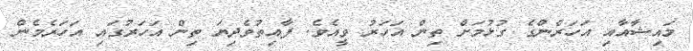
މައިޝާއާއި އަހަރެންގެ ގުޅުމަށް ތިން އަހަރު ވީއެވެ. ފާއިތުވެދިޔަ ތިން އަހަރުގައި އަހަރެމެން